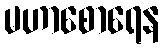
မဟာစောရေန